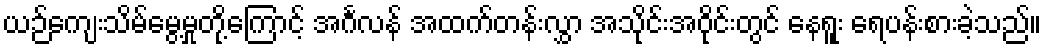
ယဉ်ကျေးသိမ်မွေ့မှုတို့ကြောင့် အင်္ဂလန် အထက်တန်းလွှာ အသိုင်းအဝိုင်းတွင် နေရူး ရေပန်းစားခဲ့သည်။